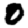
Digit: 0